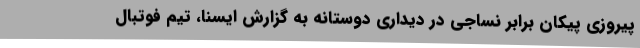
پیروزی پیکان برابر نساجی در دیداری دوستانه به گزارش ایسنا، تیم فوتبال